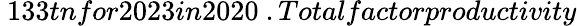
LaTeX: \ 133tnfor2023in2020\ .Totalfactorproductivity